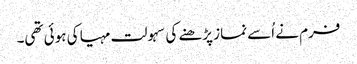
فرم نے اُسے نماز پڑھنے کی سہولت مہیا کی ہوئی تھی۔